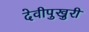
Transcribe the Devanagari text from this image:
देवीपुखुरी